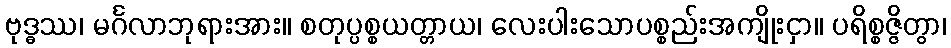
ဗုဒ္ဓဿ၊ မင်္ဂလာဘုရားအား။ စတုပ္ပစ္စယတ္တာယ၊ လေးပါးသောပစ္စည်းအကျိုးငှာ။ ပရိစ္စဇ္ဇိတွာ၊